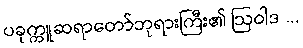
ပခုက္ကူဆရာတော်ဘုရားကြီး၏ ဩဝါဒ ...